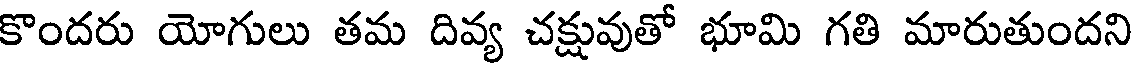
కొందరు యోగులు తమ దివ్య చక్షువుతో భూమి గతి మారుతుందని